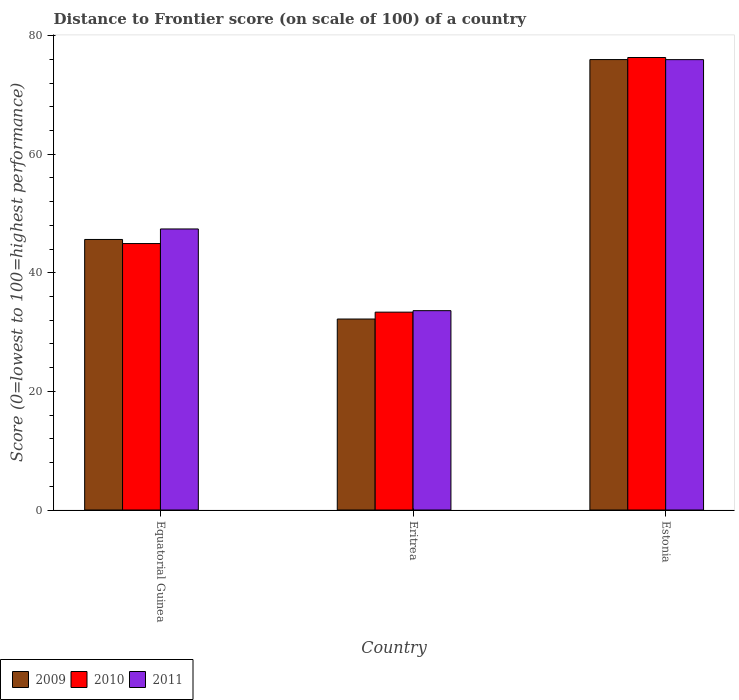
| Country | 2009 | 2010 | 2011 |
 | --- | --- | --- | --- |
 | Equatorial Guinea | 45.6 | 44.9 | 47.4 |
 | Eritrea | 32.2 | 33.4 | 33.6 |
 | Estonia | 76 | 76.3 | 76 |